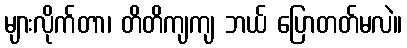
များလိုက်တာ၊ တိတိကျကျ ဘယ် ပြောတတ်မလဲ။